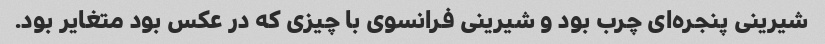
شیرینی پنجره‌ای چرب بود و شیرینی فرانسوی با چیزی که در عکس بود متغایر بود.